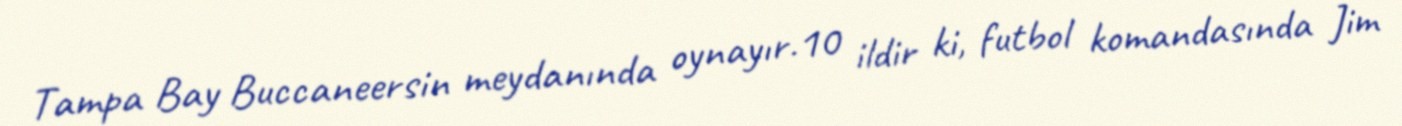
Tampa Bay Buccaneersin meydanında oynayır.10 ildir ki, futbol komandasında Jim